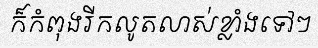
ក៏កំពុងរីកលូតលាស់ខ្លាំងទៅៗ